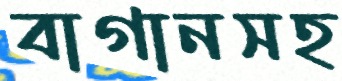
বাগানসহ